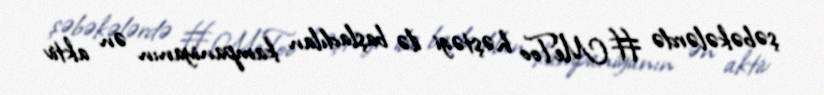
şəbəkələrdə #MeToo həştəgi ilə başladılan kampaniyanın ən aktiv